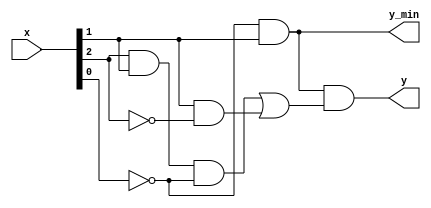
`timescale 1 ns / 10 ps
//3)	F = A*B*(C*B*A + B*C) ;
//	F = A*B ;
module scheme_2(x, y, y_min);
	
input [2:0] x;

output y;
output y_min;

assign y_min = ~x[0] & x[1];
assign y = ~x[0] & x[1] & (x[2] & x[1] & ~x[0] | x[1] & ~x[2]);

endmodule